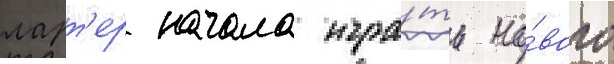
ларт'ер начала игра́ть но́вого